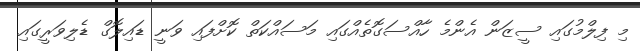
މި ފިލްމުގައި ސީޒަން އެންމެ ހާއްސަގޮތެއްގައި މަސައްކަތް ކޮށްފައި ވަނީ ޑައިލޮގް ޑެލިވަރީގައި